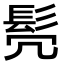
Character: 𫘻